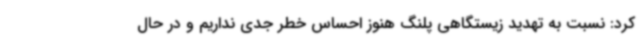
کرد: نسبت به تهدید زیستگاهی پلنگ هنوز احساس خطر جدی نداریم و در حال